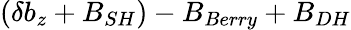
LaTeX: (\delta b_{z}+B_{SH})-B_{Berry}+B_{DH}